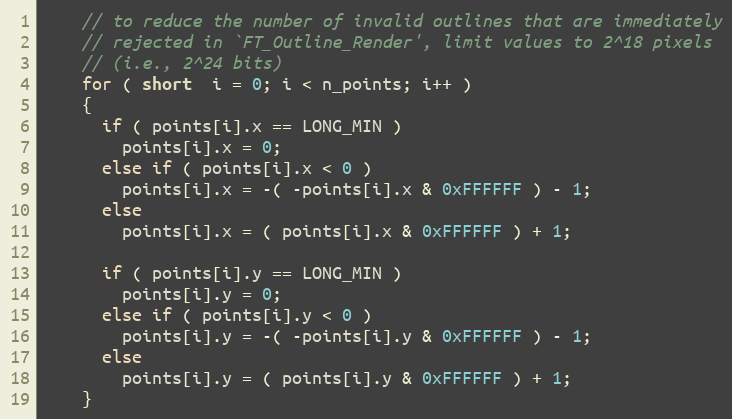
Language: C++
    // to reduce the number of invalid outlines that are immediately
    // rejected in `FT_Outline_Render', limit values to 2^18 pixels
    // (i.e., 2^24 bits)
    for ( short  i = 0; i < n_points; i++ )
    {
      if ( points[i].x == LONG_MIN )
        points[i].x = 0;
      else if ( points[i].x < 0 )
        points[i].x = -( -points[i].x & 0xFFFFFF ) - 1;
      else
        points[i].x = ( points[i].x & 0xFFFFFF ) + 1;

      if ( points[i].y == LONG_MIN )
        points[i].y = 0;
      else if ( points[i].y < 0 )
        points[i].y = -( -points[i].y & 0xFFFFFF ) - 1;
      else
        points[i].y = ( points[i].y & 0xFFFFFF ) + 1;
    }